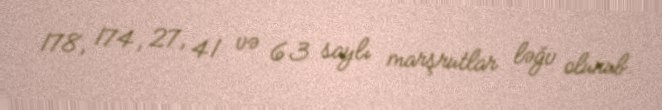
178, 174, 27, 41 və 63 saylı marşrutlar ləğv olunub.